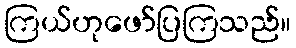
ကြယ်ဟုဖော်ပြကြသည်။